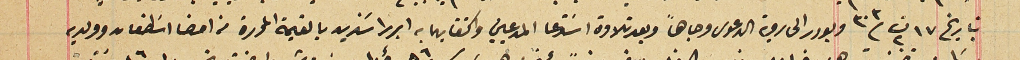
بتاريخ ١٧ ت٢ /٣٠٣ وبودر الى روية الدعوى وجاهاً وبعد تلاوة اسَتدعا المدعيين واكتفايهما به ابرزا سندين بالقيمة المحررة من امضا اسَطفان وولديه